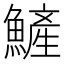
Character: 𩻏